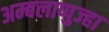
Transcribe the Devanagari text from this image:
अम्बलाप्पुज्हा